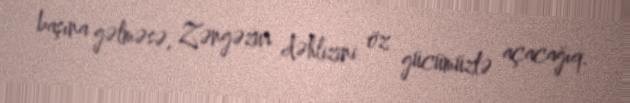
başına gəlməsə, Zəngəzur dəhlizini öz gücümüzlə açacağıq.